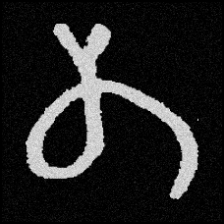
Pyu character \u2014 Myanmar letter: တ (romanized: ta)